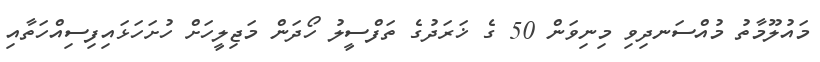
މައުލޫމާތު މުއްސަނދިވި މިނިވަން 50 ގެ ޚަރަދުގެ ތަފްސީލު ހޯދަން މަޖިލީހަށް ހުށަހަޅައިފިސިއްހަތާއި